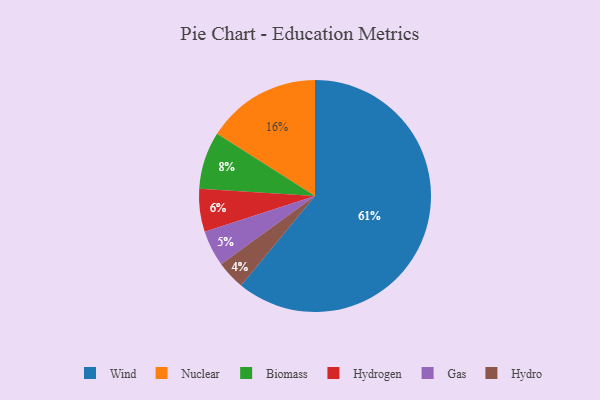
{"axis": {"x": "Category", "y": "Percentage"}, "legend": ["Biomass", "Gas", "Hydro", "Hydrogen", "Nuclear", "Wind"], "data": [{"x": "Hydrogen", "y": 6, "type": "Hydrogen"}, {"x": "Wind", "y": 61, "type": "Wind"}, {"x": "Biomass", "y": 8, "type": "Biomass"}, {"x": "Hydro", "y": 4, "type": "Hydro"}, {"x": "Gas", "y": 5, "type": "Gas"}, {"x": "Nuclear", "y": 16, "type": "Nuclear"}]}